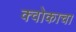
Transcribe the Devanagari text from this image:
क्वोकाचा